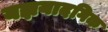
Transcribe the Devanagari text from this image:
यज्ञयादगिक